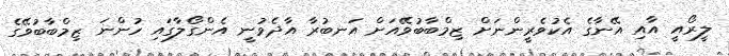
ލީރޯއީ އާއި އޭނާގެ އެކުވެރީންނަށް ޒިމްބާބުވޭއަށް އަނބުރާ އާދެވުނީ އެންގޯލާގައި ހުންނަ ޒިމްބާބުވޭގެ